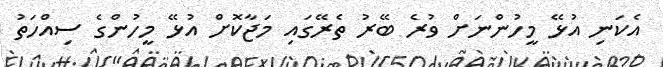
އެކަނި އުޅޭ މީހުންނަށް ވުރެ ބޭރު ތެރޭގައި މަޖާކޮށް އުޅޭ މީހުންގެ ސިއްހަތު